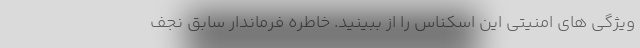
ویژگی های امنیتی این اسکناس را از ببینید. خاطره فرماندار سابق نجف